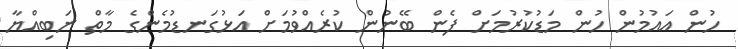
ހުން އައުމުން ހުން މަޑުކުރުމަށް ފެން ބޭނުން ކުރެއްވުމަށް އަޅުގަނޑުމެންގެ މާތް ނަބިއްޔާ